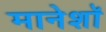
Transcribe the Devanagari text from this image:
मानेशॉ